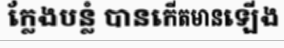
ក្លែងបន្លំ បានកើតមានឡើង